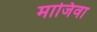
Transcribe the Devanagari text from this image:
माजिवा